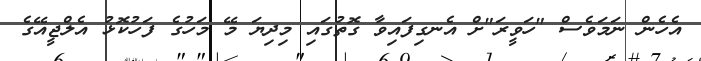
އެހެން ނަމަވެސް "ހަވީރަ"ށް އެނގިފައިވާ ގޮތުގައި މިދިޔަ މޭ މަހުގެ ފަހުކޮޅު އެލްޖީއޭގެ